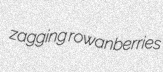
zagging rowanberries